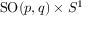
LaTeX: \mathrm { S O } ( p , q ) \times S ^ { 1 }